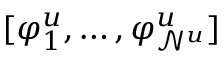
[ { \varphi } _ { 1 } ^ { u } , \dots , { \varphi } _ { \mathcal { N } ^ { u } } ^ { u } ]